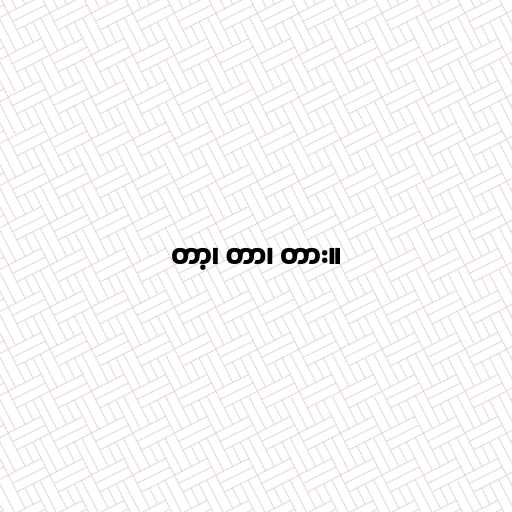
တာ့၊ တာ၊ တား။